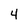
Character: 4